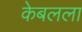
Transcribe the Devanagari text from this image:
केबलला